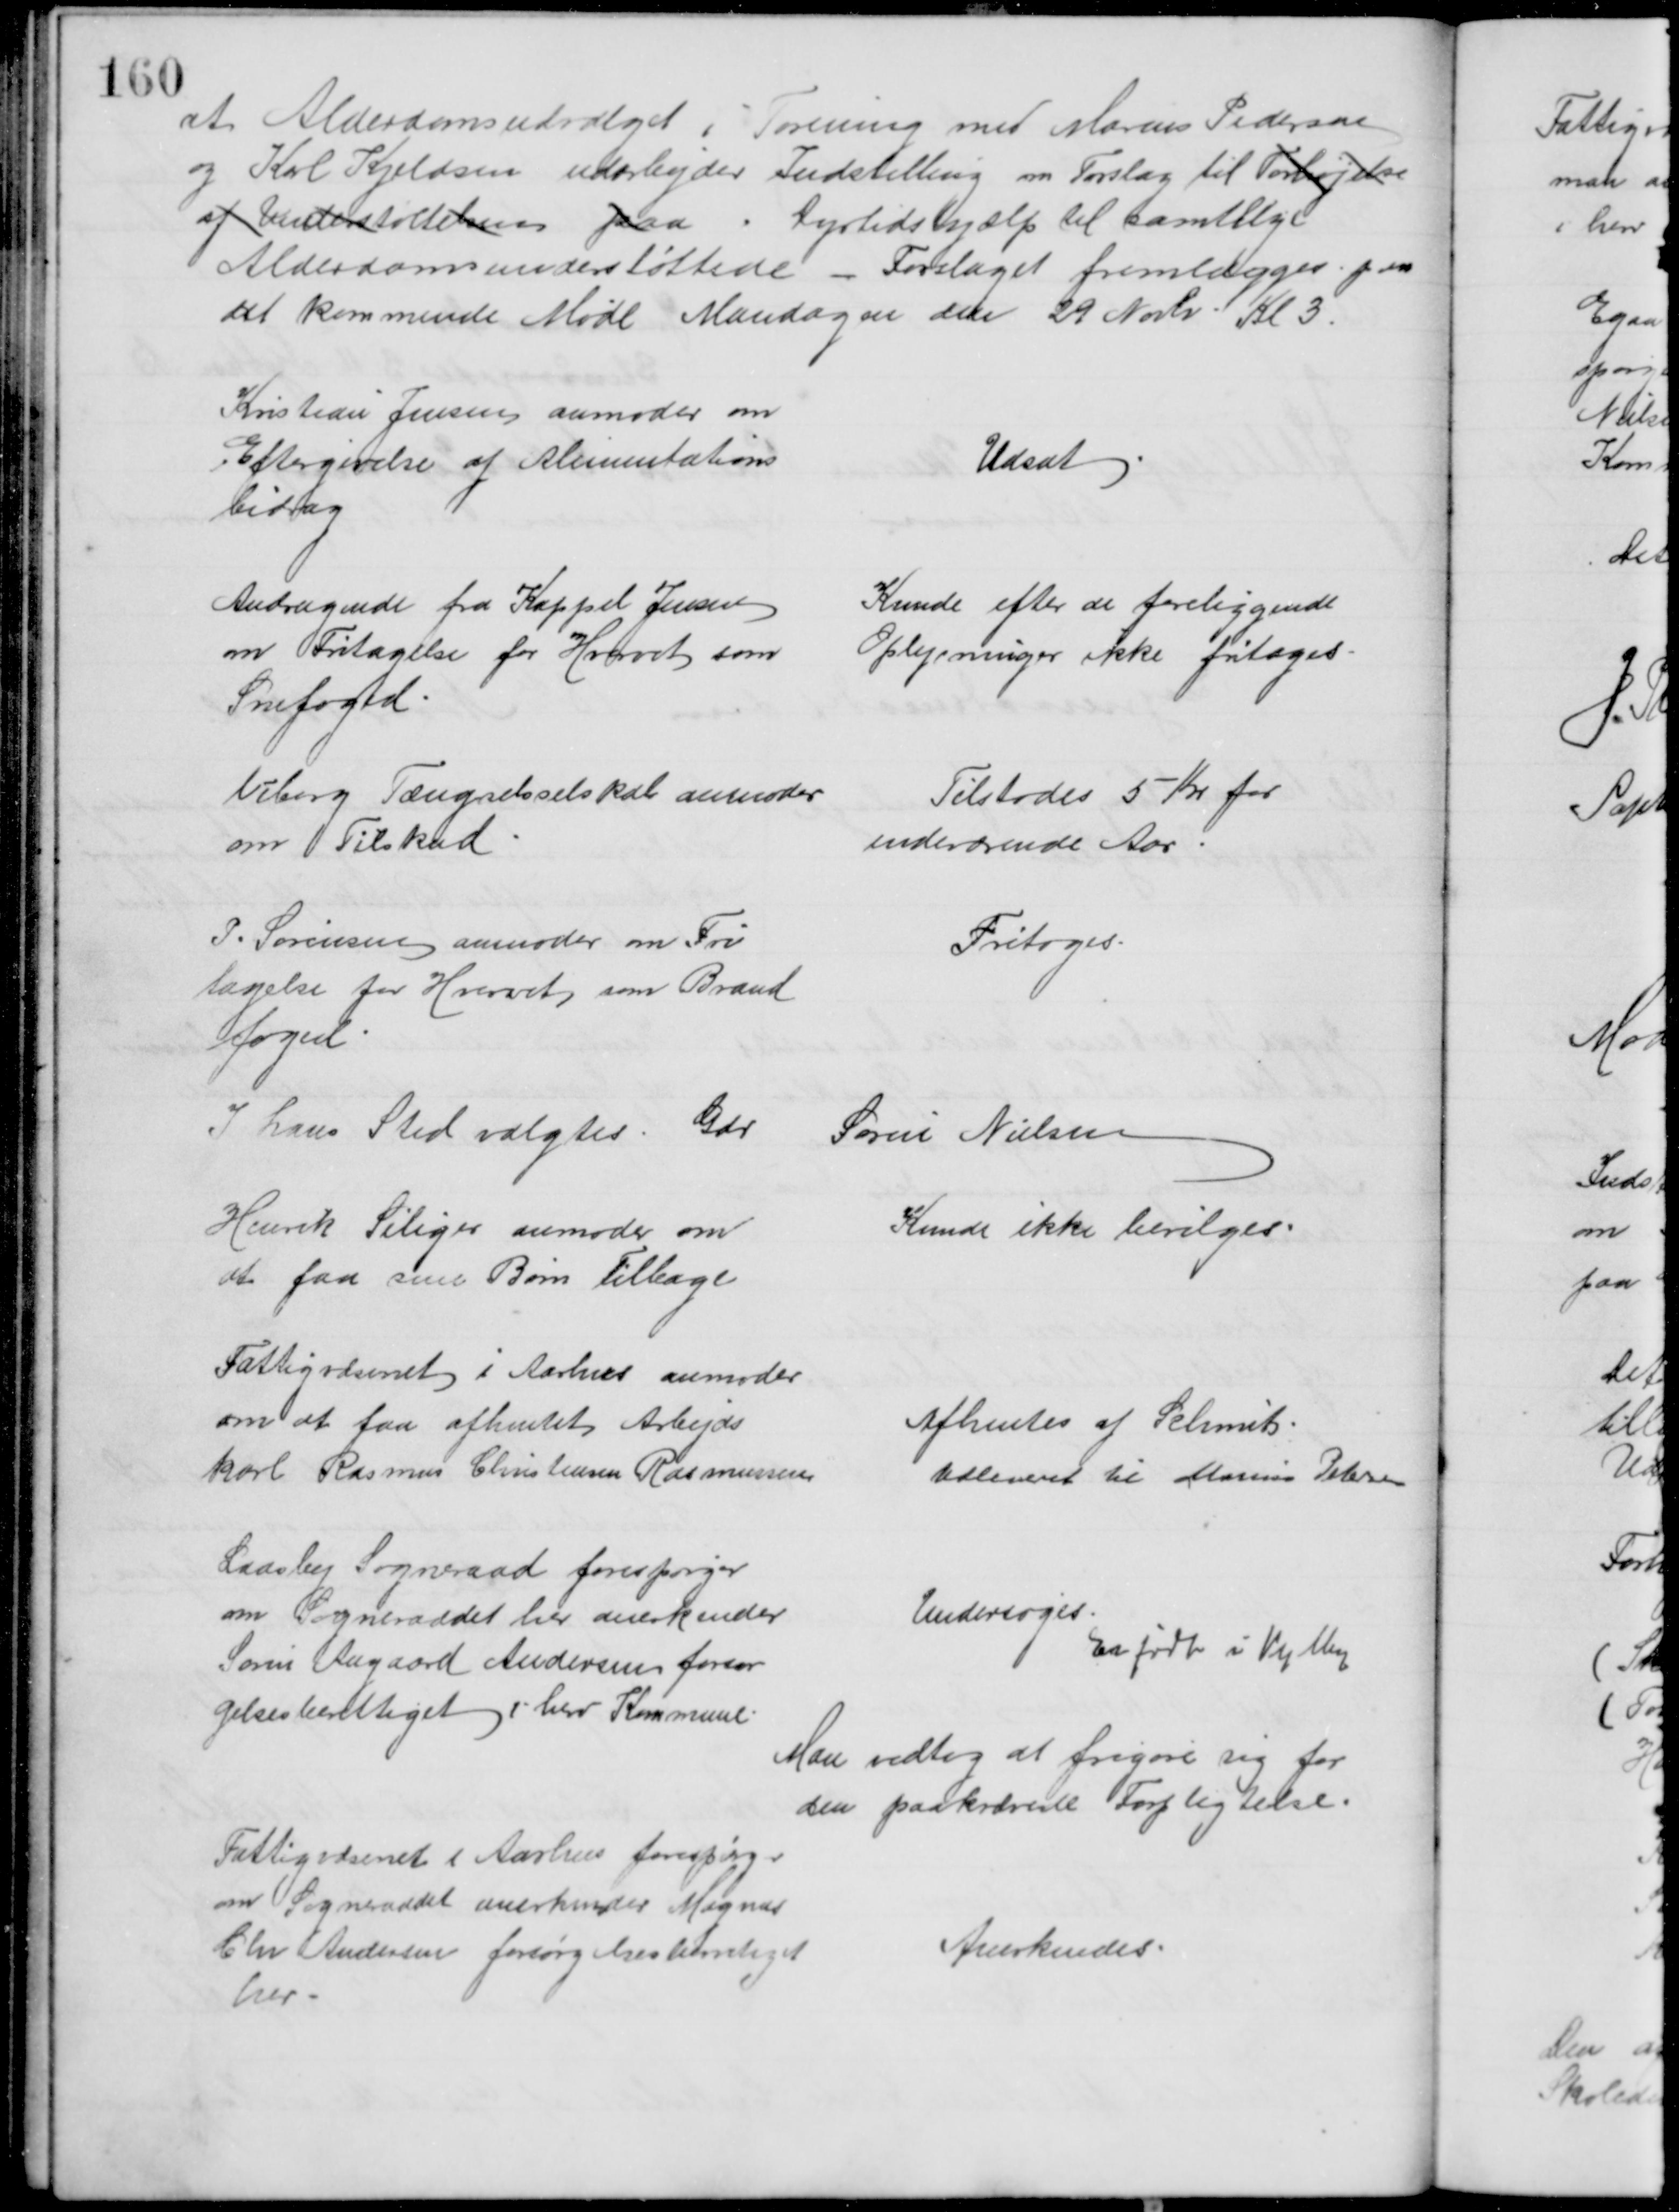
Transskription:
at Alderdomsudvalget i Forening med Marius Pedersen
og Karl Kjeldsen udarbejder Indstilling om Forslag til Forhøjelse
af Understøttelsen paa  Dyrtidshjælp til samtlige 
Alderdomsunderstøttede. - Forslaget fremlægges paa
det kommende Møde Mandagen den 29 Novbr. Kl 3.
Kristian Jensen anmoder om
Eftergivelse af Alimentations
bidrag
Udsat
Andragende fra Kappel Jensen
om Fritagelse for Hvervet som
Snefoged
Kunde efter de foreliggende
Oplysninger ikke fritages
Viborg Fængselsselskab anmoder
om Tilskud
Tilstodes 5 Kr for
indeværende Aar
P. Sørensen anmoder om Fri
tagelse for Hvervet som Brand
foged
Fritoges.
I hans Sted valgtes Gdr
Søren Nielsen
Henrik Siliger anmoder om
at faa sine Børn tilbage
Kunde ikke bevilges
Fattigvæsenet i Aarhus anmoder
om at faa afhentet Arbejds
karl Rasmus Christensen Rasmussen
Afhentes af Schmit.
Udleveret til Marius Petersen
Laasby Sogneraad forespørger
om Sogneraadet her anerkender
Søren Aagaard Andersen forsør
gelsesberettiget i herv Kommune
Undersøges.
Er født i Vejlby
Man vedtog at frigøre sig for
den paakrævede Forpligtelse.
Fattigvæsenet i Aarhus forespørg-
om Sogneraadet anerkender Magnus
Chr Andersen forsørgelsesberetiget
her
Anerkendes